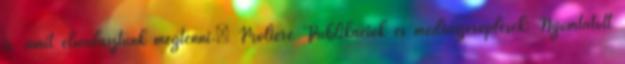
is, amit elmulasztunk megtenni.” Moliére Publikációk és médiaszereplések: Nyomtatott